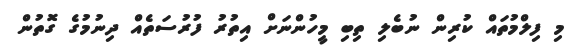
މި ފިލްމުތައް ކުރިން ނުބެލި ތިބި މީހުންނަށް އިތުރު ފުރުސަތެއް ދިނުމުގެ ގޮތުން